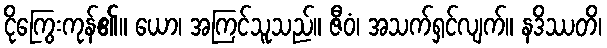
ငိုကြွေးကုန်၏။ ယော၊ အကြင်သူသည်။ ဇီဝံ၊ အသက်ရှင်လျက်။ နဒိဿတိ၊